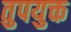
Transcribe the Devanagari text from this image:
तुपयुक्त